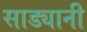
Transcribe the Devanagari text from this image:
साड्यानी